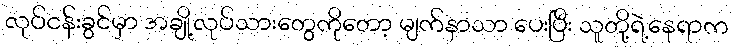
လုပ်ငန်းခွင်မှာ အချို့လုပ်သားတွေကိုတော့ မျက်နှာသာ ပေးပြီး သူတို့ရဲ့နေရာက